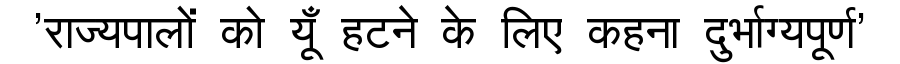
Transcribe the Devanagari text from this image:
'राज्यपालों को यूँ हटने के लिए कहना दुर्भाग्यपूर्ण'